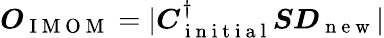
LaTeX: \begin{array}{r}{\boldsymbol{O}_{\mathrm{~I~M~O~M~}}=|\boldsymbol{C}_{\mathrm{~i~n~i~t~i~a~l~}}^{\dagger}\boldsymbol{S}\boldsymbol{D}_{\mathrm{~n~e~w~}}|}\end{array}